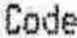
CODE